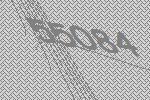
55084